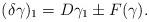
LaTeX: \begin{align*} (\delta \gamma)_1 = D \gamma_1 \pm F(\gamma).\end{align*}